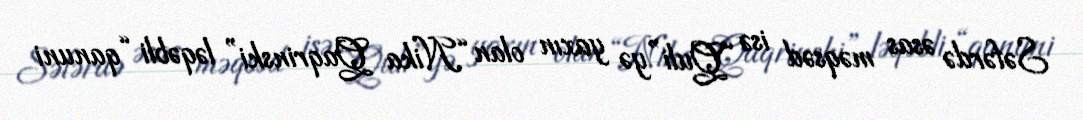
Səfərdə əsas məqsəd isə “Quli”yə yaxın olan “Nika Qaqrinski” ləqəbli “qanuni